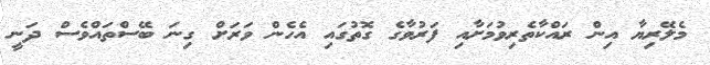
މެލޭރިޔާ އިން ރައްކާތެރިވުމަށާއި ފަރުވާގެ ގޮތުގައި އެހެން ވަރަށް ގިނަ ބޭސްތައްވެސް ދަނީ